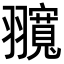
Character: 𦒨